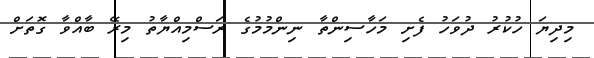
މިދިޔަ ހުކުރު ދުވަހު ފެށި މަހާސިންތާ ނިންމުމުގެ ރަސްމިއްޔާތު މިރޭ ބާއްވާ ގޮތަށް